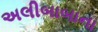
અલીબાબાના